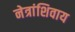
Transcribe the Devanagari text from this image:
नेत्रांशिवाय